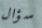
سؤال